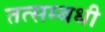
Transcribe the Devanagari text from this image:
तत्सम्बधी